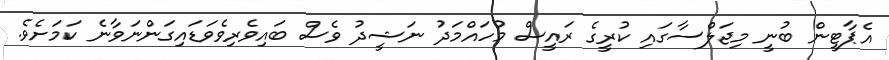
އެޕާޓީން ބުނީ މިޖަލްސާގައި ކުރީގެ ރައީސް މުހައްމަދު ނަޝީދު ވެސް ބައިވެރިވެވަޑައިގަންނަވާނެ ކަމަށެވެ.